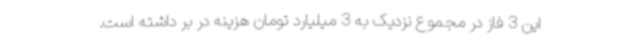
این 3 فاز در مجموع نزدیک به 3 میلیارد تومان هزینه در بر داشته است.